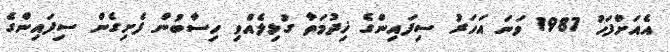
އެއަށްފަހު 1987 ވަނަ އަހަރު ސިފައިންގެ ޚިދުމަތާ ގުޅިލެއްވި ހިސާބުން ފެށިގެން ސިފައިންގެ